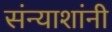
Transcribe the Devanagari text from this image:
संन्याशांनी